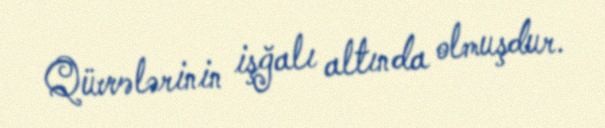
Qüvvələrinin işğalı altında olmuşdur.